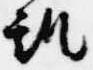
趣